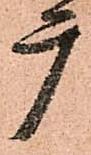
广